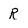
Character: R